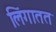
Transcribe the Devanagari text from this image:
लिंगातत